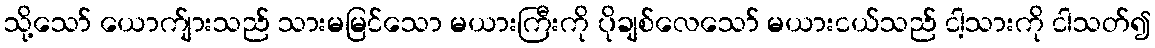
သို့သော် ယောက်ျားသည် သားမမြင်သော မယားကြီးကို ပိုချစ်လေသော် မယားငယ်သည် ငါ့သားကို ငါသတ်၍